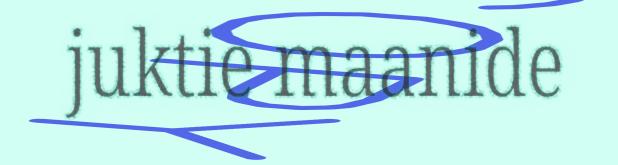
juktie maanide